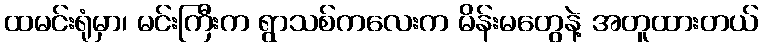
ထမင်းရုံမှာ၊ မင်းကြီးက ရွာသစ်ကလေးက မိန်းမတွေနဲ့ အတူထားတယ်